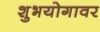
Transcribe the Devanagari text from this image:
शुभयोगावर